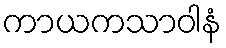
ကာယကသာဝါနံ